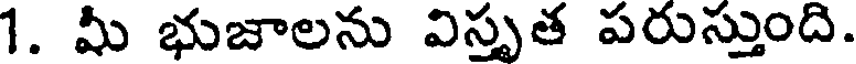
1. మీ భుజాలను విస్తృత పరుస్తుంది.